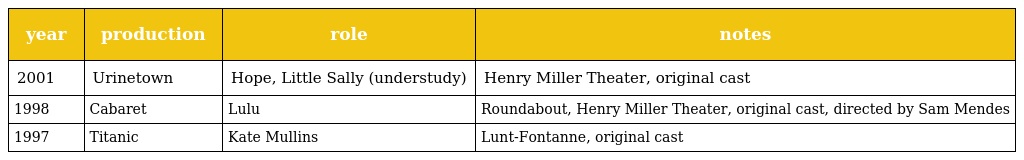
| year | production | role | notes |
 | --- | --- | --- | --- |
 | 2001 | Urinetown | Hope, Little Sally (understudy) | Henry Miller Theater, original cast |
 | 1998 | Cabaret | Lulu | Roundabout, Henry Miller Theater, original cast, directed by Sam Mendes |
 | 1997 | Titanic | Kate Mullins | Lunt-Fontanne, original cast |